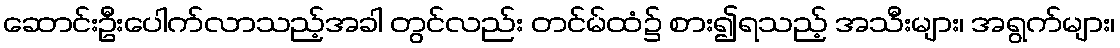
ဆောင်းဦးပေါက်လာသည့်အခါ တွင်လည်း တင်မ်ထံ၌ စား၍ရသည့် အသီးများ၊ အရွက်များ၊